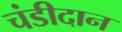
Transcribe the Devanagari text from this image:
चंडीदान